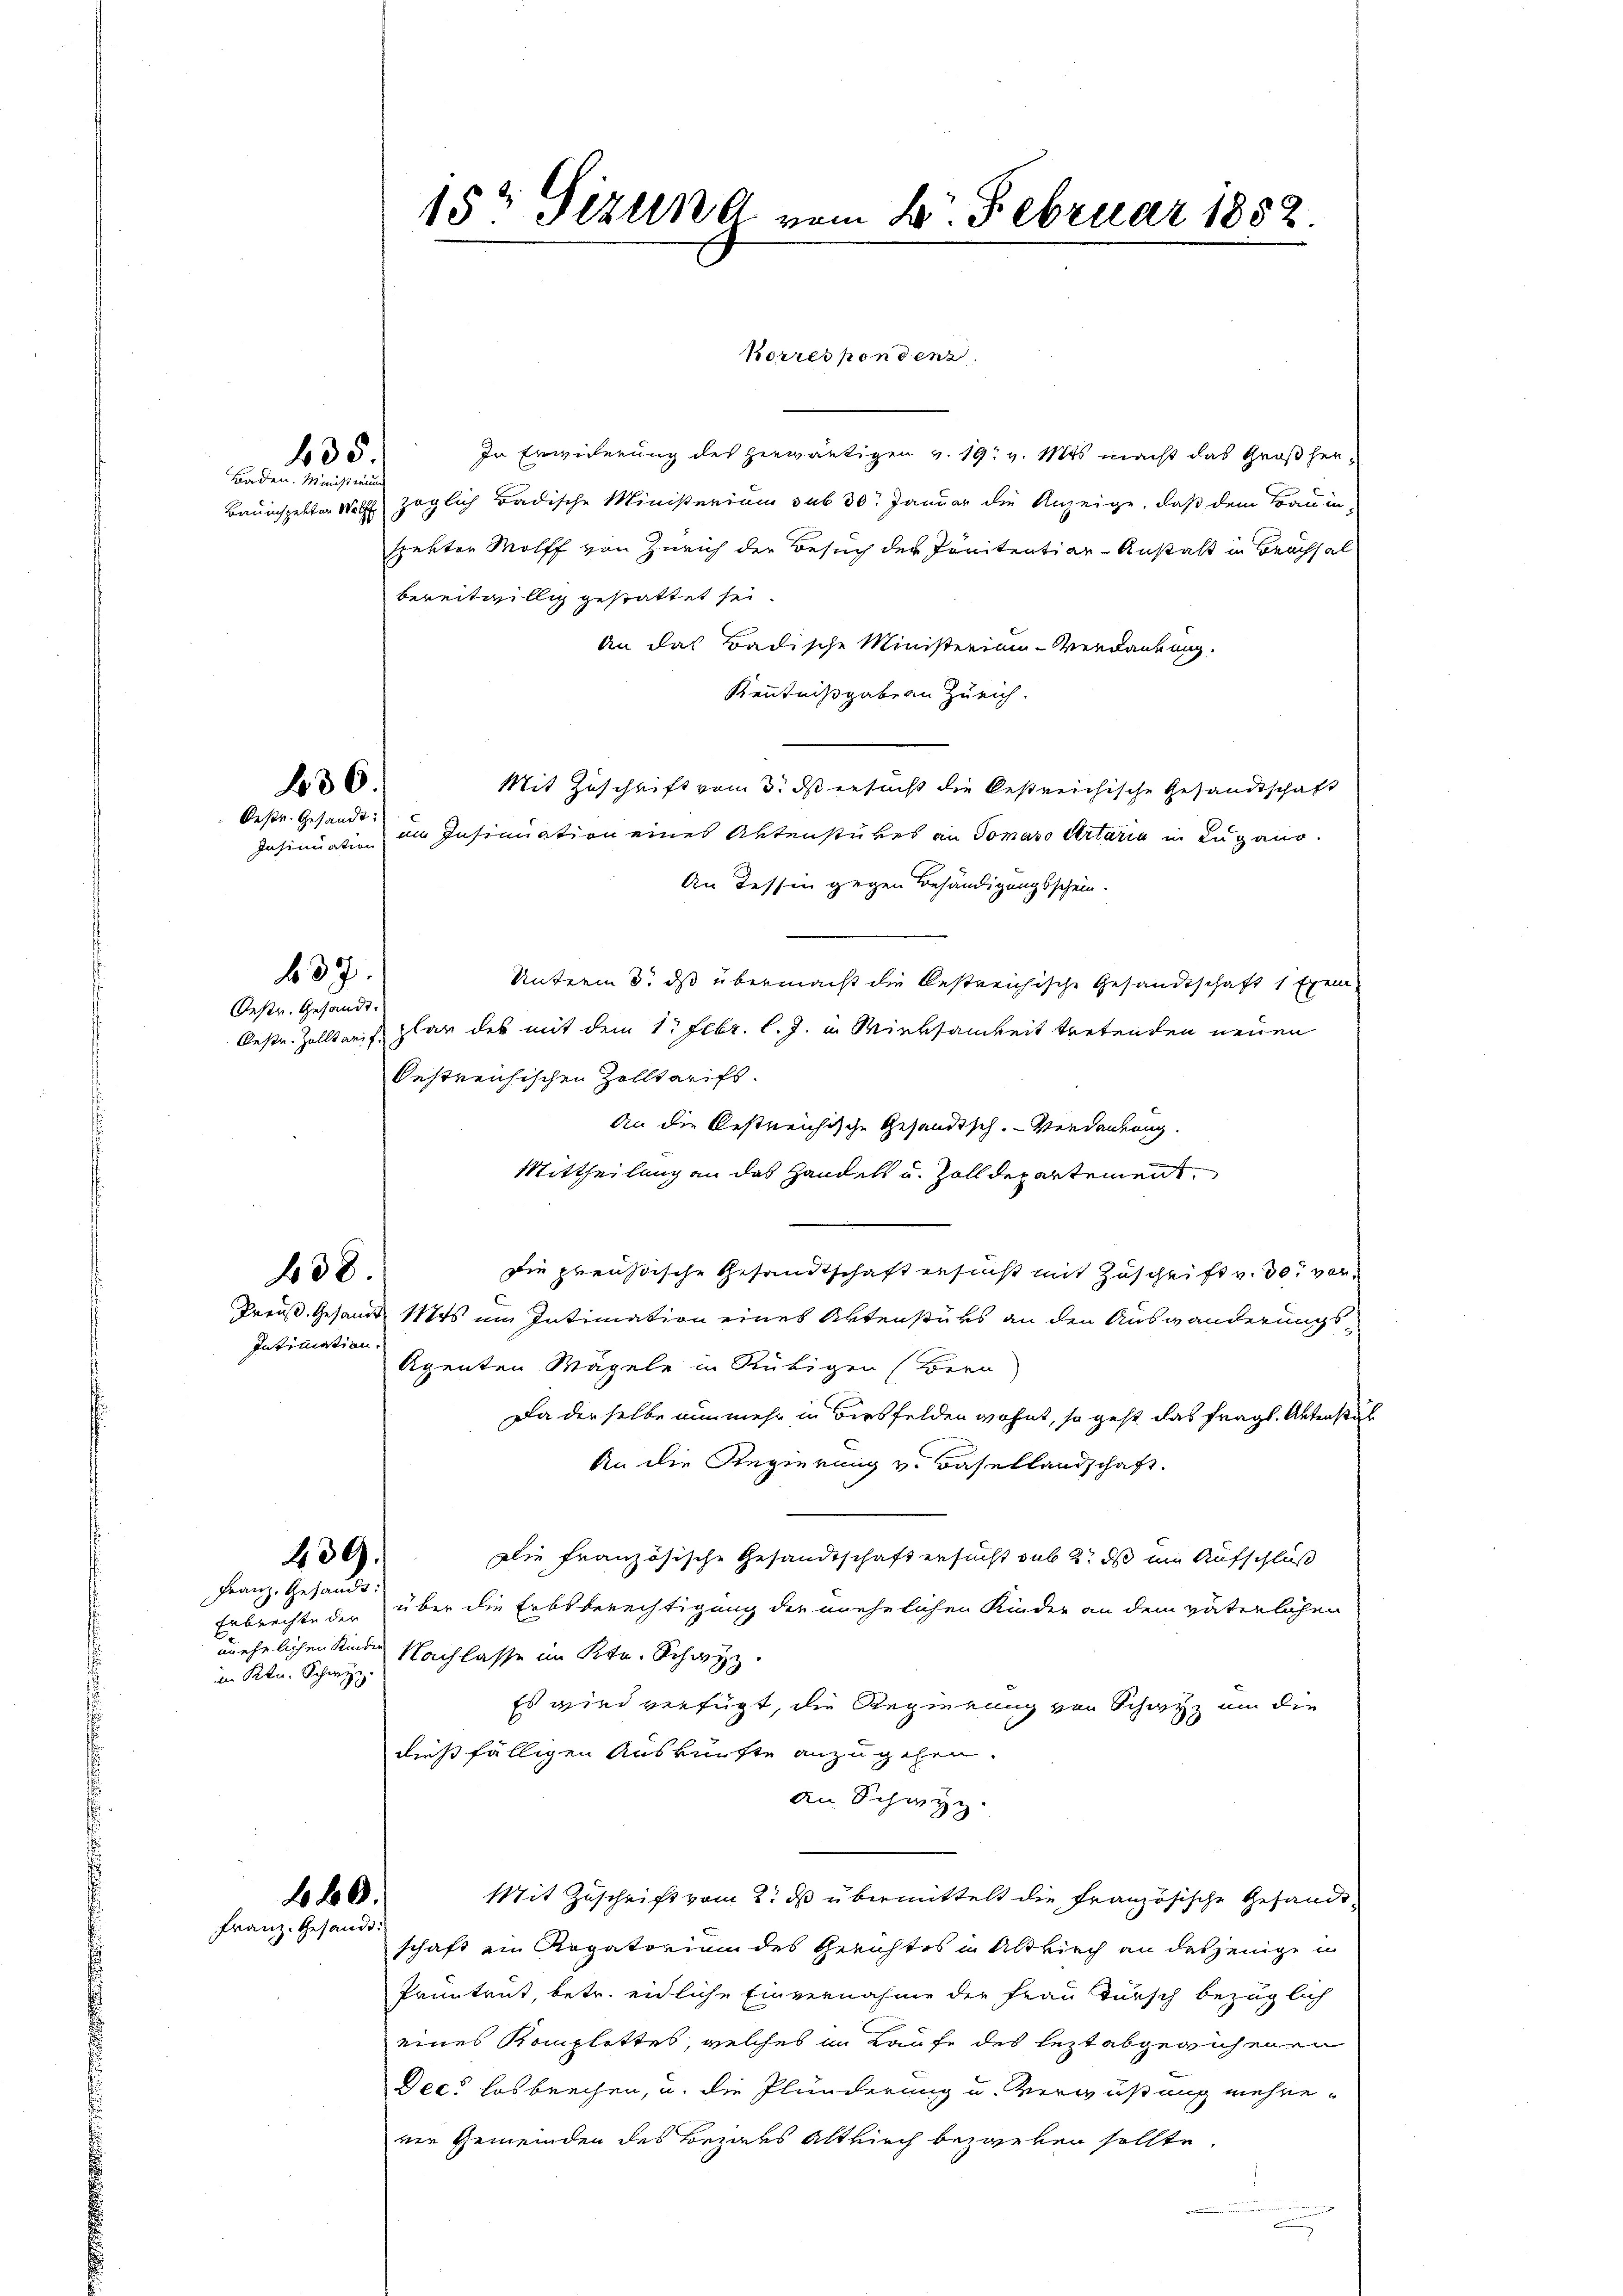
152 Sizung vom 2. Februar 1852.

Korrespondenz
In Erwiderung des herwärtigen v. 19. v. Mts. macht das Großher¬
Bauinspektor Wölfe zöglich Badische Ministerium sub 30. Januar die Anzeige, daß dem Bauin-
spekten Wolff von Zürich der Besuch der Pönitentiar-Anstalt in Brachsal
bereitwillig gestattet sei
An das Badische Ministeriam-Verdankung.
Kenntnißgaben Zürich.
Mit Zuschrift vom 3. ds ersucht die bestreichische Gesandtschaft
Insinuation im Insinuation eines Aktenstükes an Tomano Artaria in Lugano.
An Tessin gegen Behändigungsschein.
Unterm 3. ds übermacht die bestreichische Gesandtschaft 1 Exem¬
Oestr. Zolltaris plar des mit dem 1. Febr. l. J. in Wirksamkeit tretenden neuen
bestreichischen Zolltarifs.
An die bestreichische Gesandisch. Verdankung.
Mittheilung an das Handels u. Zolldepartement,
e
Die preußische Gesandtschaft ersucht mit Zuschrift v. 30. vor¬
Preuß. Gesandt 1s um Intimation eines Aktenstüks an den Auswanderungs
Agenten Mägeln in Rütigen (Bern
Da derselbe nunmehr in Birsfelden wohnt, so geht das fragl. Aktenstal
An die Regierung v. Basellandschaft.
Die französische Gesandtschaft ersucht sub 2. ds im Aufschluß
Erbrechte der über die Erbsberechtigung der unehelichen Kinder an dem väterlichen
unehelichen Kinde Nachlasse im Kt. Schwyz.
Es wird verfügt, die Regierung von Schatz an die
dießfälligen Auskünfte anzugehen.
An Schwyz.
Mit Zuschrift vom 2. ds übermittelt die französische Gesandtschaft ein Rogatorium des Gerichtes in Altkirch an dasjenige in
Pruntrut, betr. eidliche Einvernahme der Frau Bursch bezüglich
eines Komplettes, welches in Laufe des lezt abgewichenen
Dec. losbrechen, u. die Plunderung u. Verwüßung mehrever Gemeinden des Bezaus Altkirch bezweken sollte.

.

435

Boden. Ministerun

30
Oestr. Gesandt:

37.

Oestr. Gesandt.

f 38

Intimation.

430).

Franz, Gesandt:
i Ktn. Schwyz.

60.
Franz. Gesandt